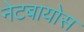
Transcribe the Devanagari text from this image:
नेटबायोस